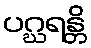
ပဂ္ဃရန္တိ